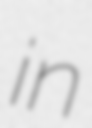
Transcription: in